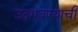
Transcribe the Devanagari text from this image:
उदभवण्याची